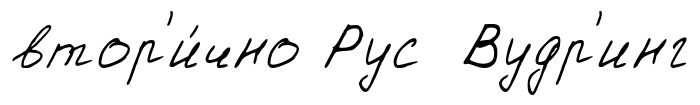
втор'и́чно Рус Вудр'инг